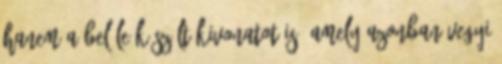
hanem a belőle készült kivonatot is, amely azonban vegyi